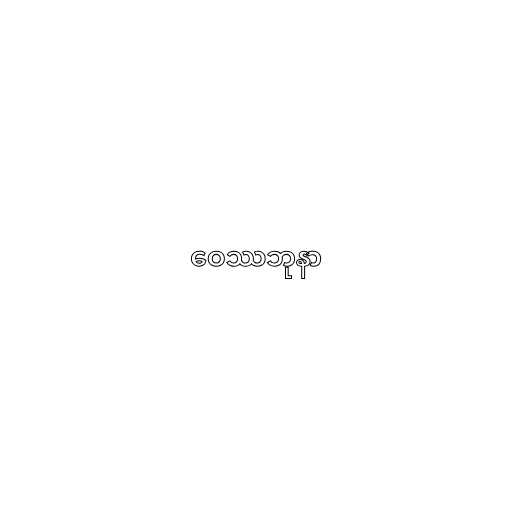
ဝေဿဘုနာ